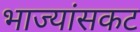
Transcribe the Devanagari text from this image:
भाज्यांसकट